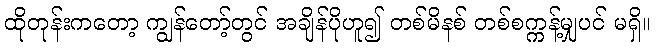
ထိုတုန်းကတော့ ကျွန်တော့်တွင် အချိန်ပိုဟူ၍ တစ်မိနစ် တစ်စက္ကန့်မျှပင် မရှိ။